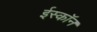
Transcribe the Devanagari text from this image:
ईस्काॅन